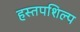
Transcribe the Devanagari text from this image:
हस्तपशिल्प